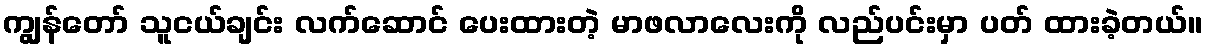
ကျွန်တော် သူငယ်ချင်း လက်ဆောင် ပေးထားတဲ့ မာဖလာလေးကို လည်ပင်းမှာ ပတ် ထားခဲ့တယ်။